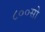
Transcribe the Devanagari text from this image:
८००सो